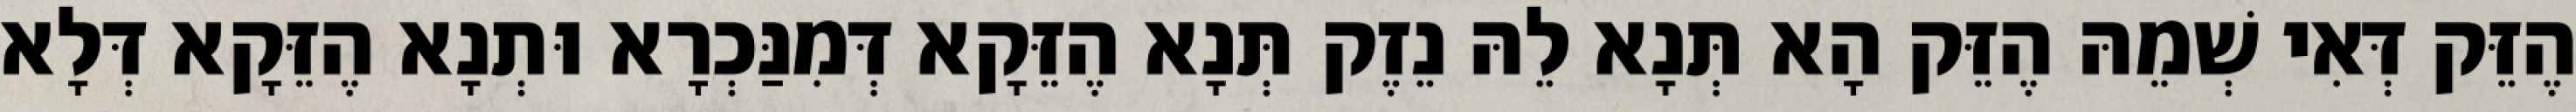
הֶזֵּק דְּאִי שְׁמֵהּ הֶזֵּק הָא תְּנָא לֵהּ נֵזֶק תְּנָא הֶזֵּקָא דְּמִנַּכְרָא וּתְנָא הֶזֵּקָא דְּלָא